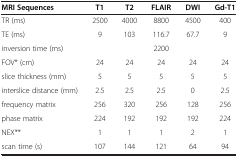
<table><thead><tr><td><b>MRI Sequences</b></td><td><b>T1</b></td><td><b>T2</b></td><td><b>FLAIR</b></td><td><b>DWI</b></td><td><b>Gd-T1</b></td></tr></thead><tbody><tr><td>TR (ms)</td><td>2500</td><td>4000</td><td>8800</td><td>4500</td><td>400</td></tr><tr><td>TE (ms)</td><td>9</td><td>103</td><td>116.7</td><td>67.7</td><td>9</td></tr><tr><td>inversion time (ms)</td><td> </td><td> </td><td>2200</td><td> </td><td> </td></tr><tr><td>FOV* (cm)</td><td>24</td><td>24</td><td>24</td><td>24</td><td>24</td></tr><tr><td>slice thickness (mm)</td><td>5</td><td>5</td><td>5</td><td>5</td><td>5</td></tr><tr><td>interslice distance (mm)</td><td>2.5</td><td>2.5</td><td>2.5</td><td>0</td><td>2.5</td></tr><tr><td>frequency matrix</td><td>256</td><td>320</td><td>256</td><td>128</td><td>256</td></tr><tr><td>phase matrix</td><td>224</td><td>192</td><td>192</td><td>192</td><td>224</td></tr><tr><td>NEX**</td><td>1</td><td>1</td><td>1</td><td>2</td><td>1</td></tr><tr><td>scan time (s)</td><td>107</td><td>144</td><td>121</td><td>64</td><td>94</td></tr></tbody></table>